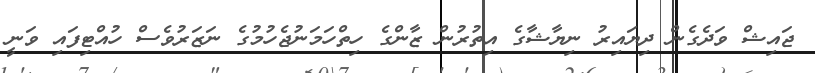
ޖައިޝް ވަދެގެން ދިޔައިރު ނިޔާޝާގެ އިތުރުން ޒާންގެ ހިތްހަމަނުޖެހުމުގެ ނަޒަރުވެސް ހުއްޓިފައި ވަނީ